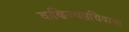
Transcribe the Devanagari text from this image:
वाणिज्यसचिवाचा